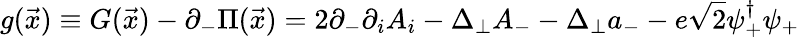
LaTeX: g({\vec{x}})\equiv G({\vec{x}})-\partial_{-}\Pi({\vec{x}})=2\partial_{-}\partial_{i}A_{i}-\Delta_{\perp}A_{-}-\Delta_{\perp}a_{-}-e\sqrt{2}\psi_{+}^{\dagger}\psi_{+}